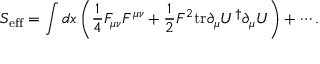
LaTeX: S _ { \mathrm { e f f } } = \int d x \left( { \frac { 1 } { 4 } } F _ { \mu \nu } F ^ { \mu \nu } + { \frac { 1 } { 2 } } F ^ { 2 } \mathrm { t r } \partial _ { \mu } U ^ { \dagger } \partial _ { \mu } U \right) + \cdots .